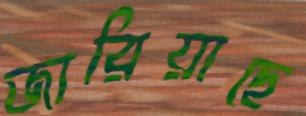
জারিয়াছে